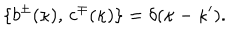
\{ b ^ { \pm } ( \kappa ) , \, c ^ { \mp } ( \kappa ) \} = \delta ( \kappa - \kappa ^ { \prime } ) .